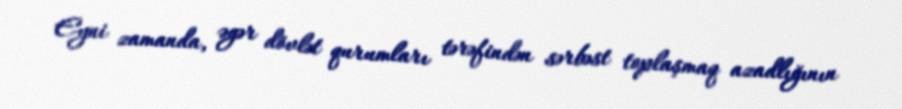
Eyni zamanda, əgər dövlət qurumları tərəfindən sərbəst toplaşmaq azadlığının